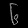
Digit: ၆